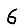
Digit: 6